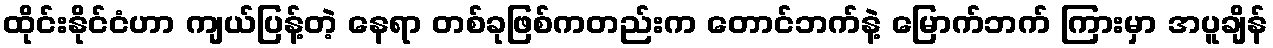
ထိုင်းနိုင်ငံဟာ ကျယ်ပြန့်တဲ့ နေရာ တစ်ခုဖြစ်ကတည်းက တောင်ဘက်နဲ့ မြောက်ဘက် ကြားမှာ အပူချိန်